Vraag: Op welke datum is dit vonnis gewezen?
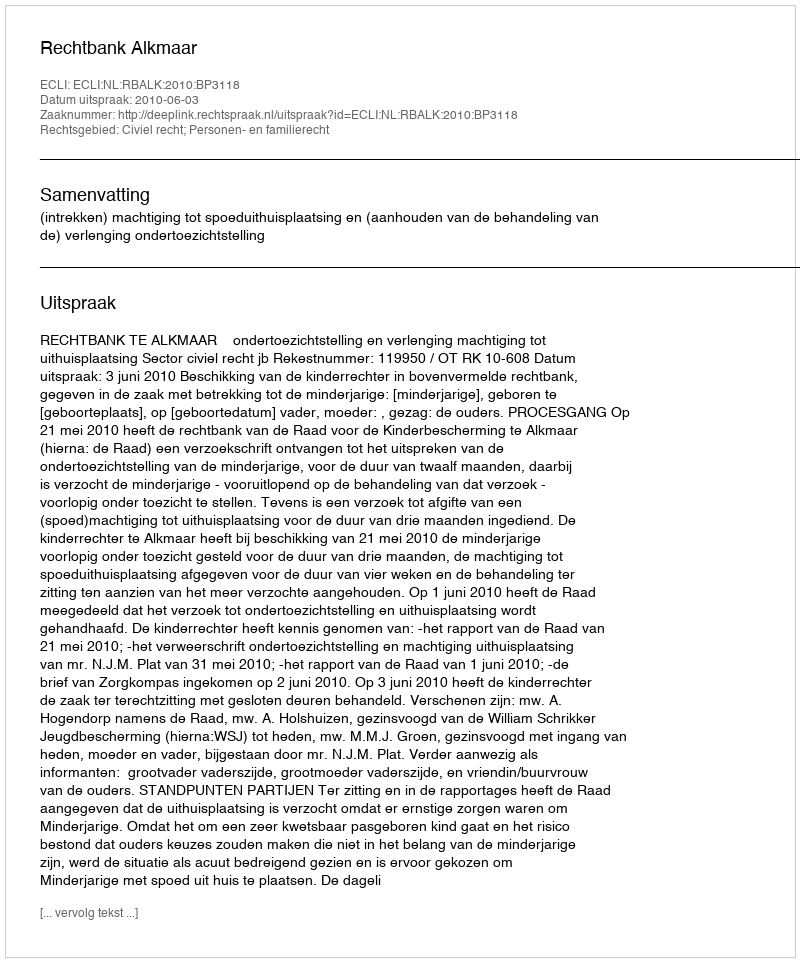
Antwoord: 2010-06-03